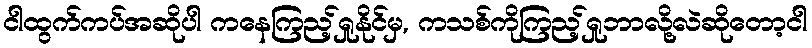
ငါထွက်ကပ်အဆိုပါ ကနေကြည့်ရှုနိုင်မှ, ကသစ်ကိုကြည့်ရှုဘာလို့လဲဆိုတော့ငါ